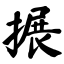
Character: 搌